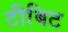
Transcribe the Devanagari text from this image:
टीबिट